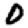
Digit: 0